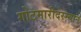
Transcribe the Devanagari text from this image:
गोटमारीदरम्यान